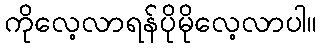
ကိုလေ့လာရန်ပိုမိုလေ့လာပါ။